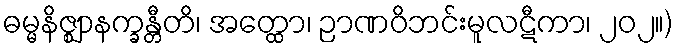
ဓမ္မနိဇ္ဈာနက္ခန္တီတိ၊ အတ္ထော၊ ဉာဏဝိဘင်းမူလဋီကာ၊ ၂၀၂။)